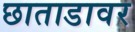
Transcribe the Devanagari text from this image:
छाताडावर